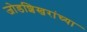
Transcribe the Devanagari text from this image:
जोडशिखरांच्या